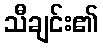
သီချင်း၏